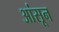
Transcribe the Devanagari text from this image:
आंसून